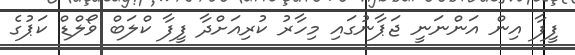
ފީފާ އިން އަންނަނީ ޖަޕާނުގައި މިހާރު ކުރިއަށްދާ ފީފާ ކްލަބް ވޯލްޑް ކަޕުގެ